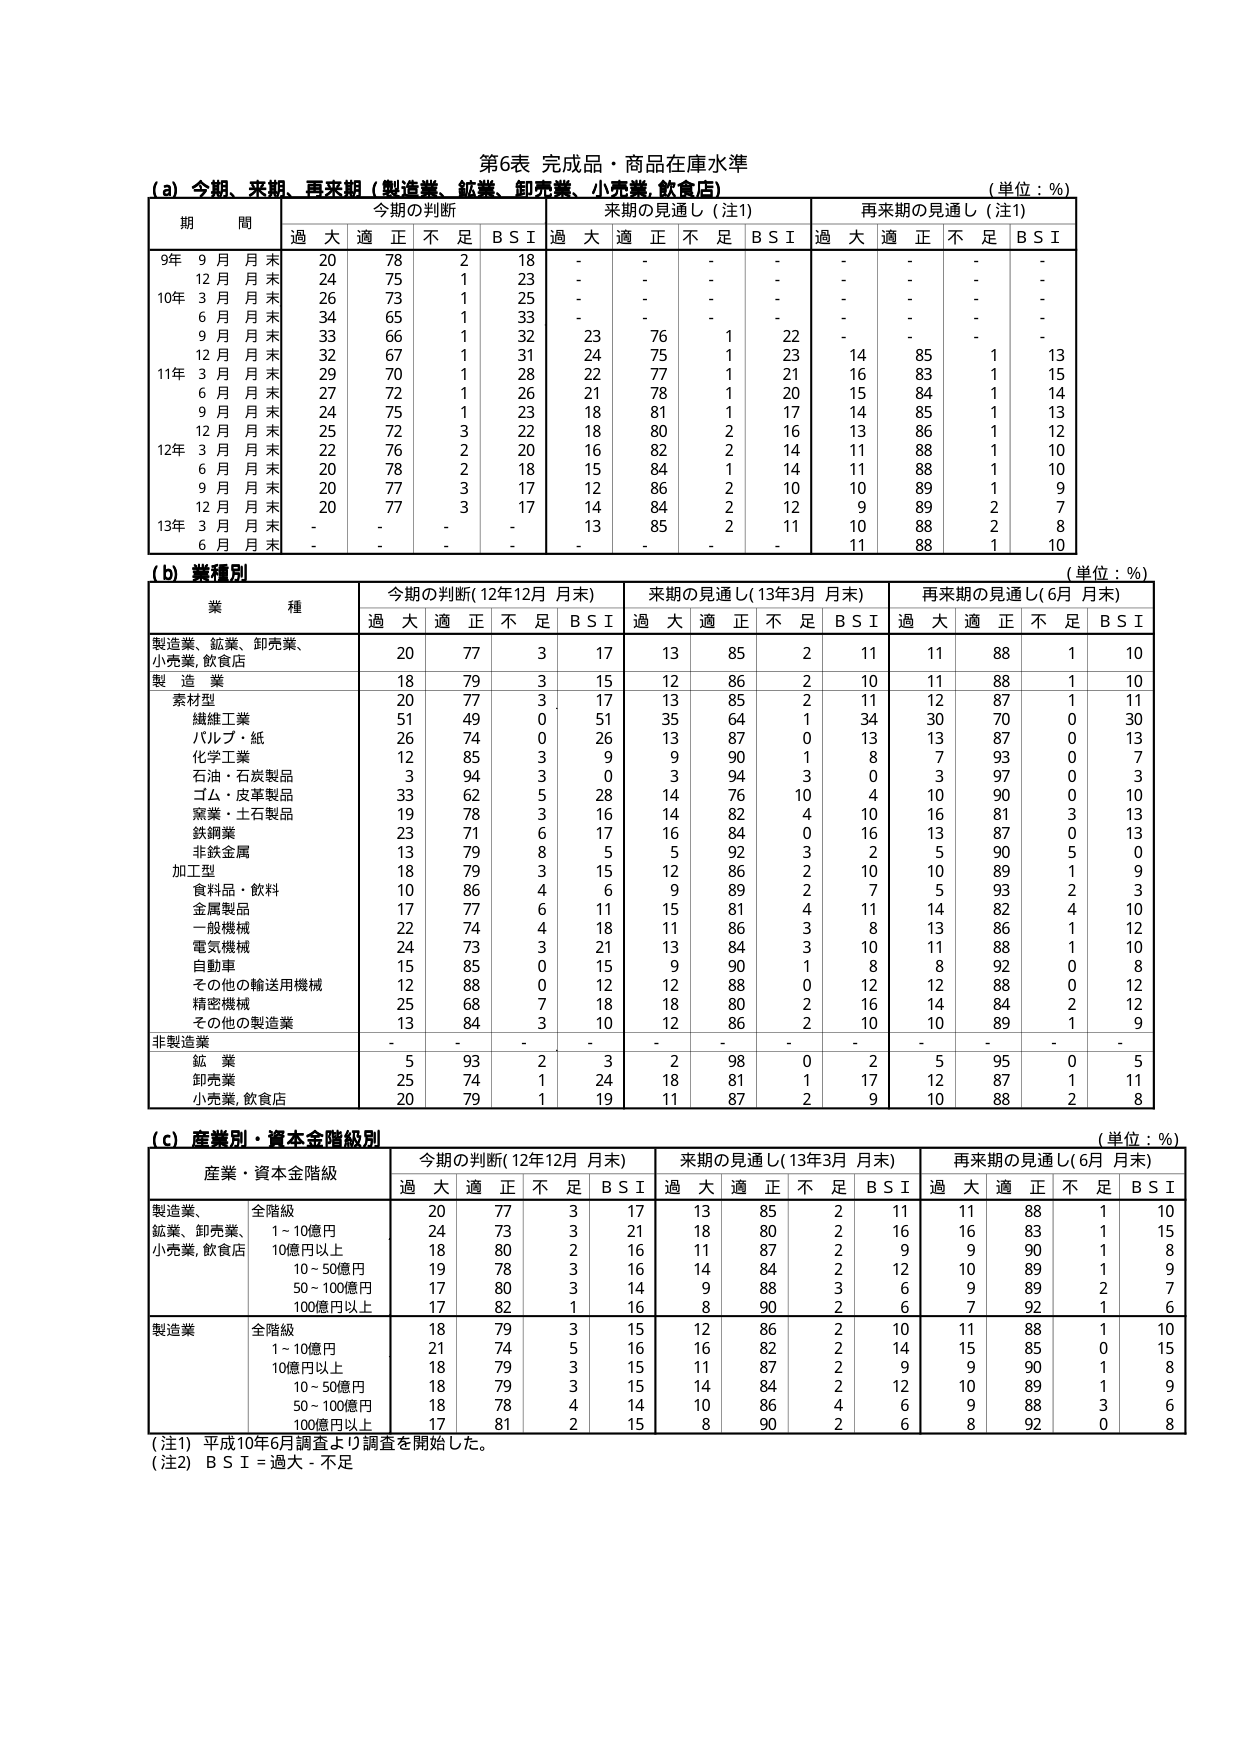
第6表 完成品・商品在庫水準

(a) 今期、来期、再来期（製造業、鉱業、卸売業、小売業、飲食店）
（単位：%）

期 間 | 今期の判断 | 来期の見通し（注1） | 再来期の見通し（注1）
--- | --- | --- | ---
 | 過大 | 適正 | 不足 | B S I | 過大 | 適正 | 不足 | B S I | 過大 | 適正 | 不足 | B S I
9年 9月月末 | 20 | 78 | 2 | 18 | - | - | - | - | - | - | - | -
12月月末 | 24 | 75 | 1 | 23 | - | - | - | - | - | - | - | -
10年 3月月末 | 26 | 73 | 1 | 25 | - | - | - | - | - | - | - | -
6月月末 | 34 | 65 | 1 | 33 | - | - | - | - | - | - | - | -
9月月末 | 33 | 66 | 1 | 32 | 23 | 76 | 1 | 22 | - | - | - | -
12月月末 | 32 | 67 | 1 | 31 | 24 | 75 | 1 | 23 | 14 | 85 | 1 | 13
11年 3月月末 | 29 | 70 | 1 | 28 | 22 | 77 | 1 | 21 | 16 | 83 | 1 | 15
6月月末 | 27 | 72 | 1 | 26 | 21 | 78 | 1 | 20 | 15 | 84 | 1 | 14
9月月末 | 24 | 75 | 1 | 23 | 18 | 81 | 1 | 17 | 14 | 85 | 1 | 13
12月月末 | 25 | 72 | 3 | 22 | 18 | 80 | 2 | 16 | 13 | 86 | 1 | 12
12年 3月月末 | 22 | 76 | 2 | 20 | 16 | 82 | 2 | 14 | 11 | 88 | 1 | 10
6月月末 | 20 | 78 | 2 | 18 | 15 | 84 | 1 | 14 | 11 | 88 | 1 | 10
9月月末 | 20 | 77 | 3 | 17 | 12 | 86 | 2 | 10 | 10 | 89 | 1 | 9
12月月末 | 20 | 77 | 3 | 17 | 14 | 84 | 2 | 12 | 9 | 89 | 2 | 7
13年 3月月末 | - | - | - | - | 13 | 85 | 2 | 11 | 10 | 88 | 2 | 8
6月月末 | - | - | - | - | - | - | - | - | 11 | 88 | 1 | 10

(b) 業種別
（単位：%）

業 種 | 今期の判断（12年12月 月末） | 来期の見通し（13年3月 月末） | 再来期の見通し（6月 月末）
--- | --- | --- | ---
 | 過大 | 適正 | 不足 | B S I | 過大 | 適正 | 不足 | B S I | 過大 | 適正 | 不足 | B S I
製造業、鉱業、卸売業、小売業、飲食店 | 20 | 77 | 3 | 17 | 13 | 85 | 2 | 11 | 11 | 88 | 1 | 10
製 造 業 | 18 | 79 | 3 | 15 | 12 | 86 | 2 | 10 | 11 | 88 | 1 | 10
　素材型 | 20 | 77 | 3 | 17 | 13 | 85 | 2 | 11 | 12 | 87 | 1 | 11
　　繊維工業 | 51 | 49 | 0 | 51 | 35 | 64 | 1 | 34 | 30 | 70 | 0 | 30
　　パルプ・紙 | 26 | 74 | 0 | 26 | 13 | 87 | 0 | 13 | 13 | 87 | 0 | 13
　　化学工業 | 12 | 85 | 3 | 9 | 9 | 90 | 1 | 8 | 7 | 93 | 0 | 7
　　石油・石炭製品 | 3 | 94 | 3 | 0 | 3 | 94 | 3 | 0 | 3 | 97 | 0 | 3
　　ゴム・皮革製品 | 33 | 62 | 5 | 28 | 14 | 76 | 10 | 4 | 10 | 90 | 0 | 10
　　窯業・土石製品 | 19 | 78 | 3 | 16 | 14 | 82 | 4 | 10 | 16 | 81 | 3 | 13
　　鉄鋼業 | 23 | 71 | 6 | 17 | 16 | 84 | 0 | 16 | 13 | 87 | 0 | 13
　　非鉄金属 | 13 | 79 | 8 | 5 | 5 | 92 | 3 | 2 | 5 | 90 | 5 | 0
　加工型 | 18 | 79 | 3 | 15 | 12 | 86 | 2 | 10 | 10 | 89 | 1 | 9
　　食料品・飲料 | 10 | 86 | 4 | 6 | 9 | 89 | 2 | 7 | 5 | 93 | 2 | 3
　　金属製品 | 17 | 77 | 6 | 11 | 15 | 81 | 4 | 11 | 14 | 82 | 4 | 10
　　一般機械 | 22 | 74 | 4 | 18 | 11 | 86 | 3 | 8 | 13 | 86 | 1 | 12
　　電気機械 | 24 | 73 | 3 | 21 | 13 | 84 | 3 | 10 | 11 | 88 | 1 | 10
　　自動車 | 15 | 85 | 0 | 15 | 9 | 90 | 1 | 8 | 8 | 92 | 0 | 8
　　その他の輸送用機械 | 12 | 88 | 0 | 12 | 12 | 88 | 0 | 12 | 12 | 88 | 0 | 12
　　精密機械 | 25 | 68 | 7 | 18 | 18 | 80 | 2 | 16 | 14 | 84 | 2 | 12
　　その他の製造業 | 13 | 84 | 3 | 10 | 12 | 86 | 2 | 10 | 10 | 89 | 1 | 9
非製造業 | - | - | - | - | - | - | - | - | - | - | - | -
　鉱 業 | 5 | 93 | 2 | 3 | 2 | 98 | 0 | 2 | 5 | 95 | 0 | 5
　卸売業 | 25 | 74 | 1 | 24 | 18 | 81 | 1 | 17 | 12 | 87 | 1 | 11
　小売業、飲食店 | 20 | 79 | 1 | 19 | 11 | 87 | 2 | 9 | 10 | 88 | 2 | 8

(c) 産業別・資本金階級別
（単位：%）

産業・資本金階級 | 今期の判断（12年12月 月末） | 来期の見通し（13年3月 月末） | 再来期の見通し（6月 月末）
--- | --- | --- | ---
 | 過大 | 適正 | 不足 | B S I | 過大 | 適正 | 不足 | B S I | 過大 | 適正 | 不足 | B S I
製造業、鉱業、卸売業、小売業、飲食店 | 全階級 | 20 | 77 | 3 | 17 | 13 | 85 | 2 | 11 | 11 | 88 | 1 | 10
 | 1～10億円 | 24 | 73 | 3 | 21 | 18 | 80 | 2 | 16 | 16 | 83 | 1 | 15
 | 10億円以上 | 18 | 80 | 2 | 16 | 11 | 87 | 2 | 9 | 9 | 90 | 1 | 8
 | 10～50億円 | 19 | 78 | 3 | 16 | 14 | 84 | 2 | 12 | 10 | 89 | 1 | 9
 | 50～100億円 | 17 | 80 | 3 | 14 | 9 | 88 | 3 | 6 | 9 | 89 | 2 | 7
 | 100億円以上 | 17 | 82 | 1 | 16 | 8 | 90 | 2 | 6 | 7 | 92 | 1 | 6
製造業 | 全階級 | 18 | 79 | 3 | 15 | 12 | 86 | 2 | 10 | 11 | 88 | 1 | 10
 | 1～10億円 | 21 | 74 | 5 | 16 | 16 | 82 | 2 | 14 | 15 | 85 | 0 | 15
 | 10億円以上 | 18 | 79 | 3 | 15 | 11 | 87 | 2 | 9 | 9 | 90 | 1 | 8
 | 10～50億円 | 18 | 79 | 3 | 15 | 14 | 84 | 2 | 12 | 10 | 89 | 1 | 9
 | 50～100億円 | 18 | 78 | 4 | 14 | 10 | 86 | 4 | 6 | 9 | 88 | 3 | 6
 | 100億円以上 | 17 | 81 | 2 | 15 | 8 | 90 | 2 | 6 | 8 | 92 | 0 | 8

（注1）平成10年6月調査より調査を開始した。
（注2）B S I = 過大 - 不足